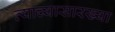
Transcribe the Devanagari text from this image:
त्याच्यासारख्या